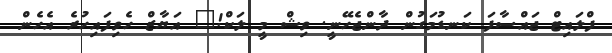
ފްލައިޓް ޖައްސާފަ ކަނޑުމަގުން ދާންޖެހޭނީ. ވިޝް މީ ލަކް!" އަޔާޒް ހެވިފައިހުރެ އެހެން